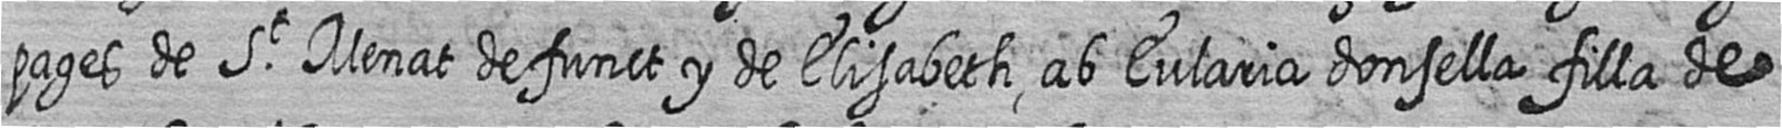
pages de St Menat defunct y de Elisabeth ab Eularia donsella filla de